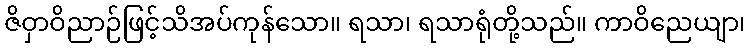
ဇိဝှာဝိညာဉ်ဖြင့်သိအပ်ကုန်သော။ ရသာ၊ ရသာရုံတို့သည်။ ကာဝိညေယျာ၊